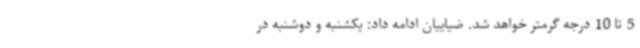
5 تا 10 درجه گرمتر خواهد شد. ضیاییان ادامه داد: یکشنبه و دوشنبه در